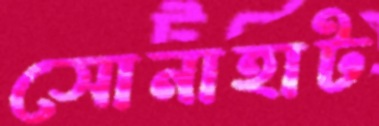
সোনাহাট